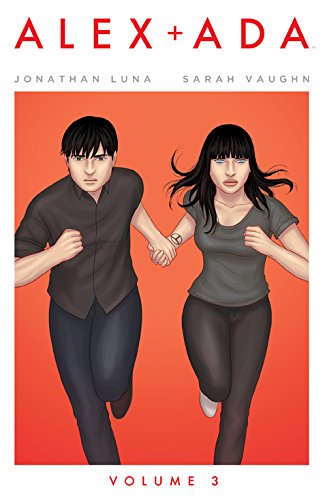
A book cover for Alex + Ada Volume 3 (Alex + ADA Tp); Sarah Vaughn; Comics & Graphic Novels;